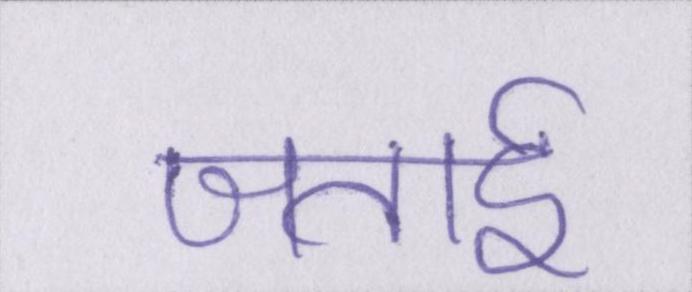
जताई